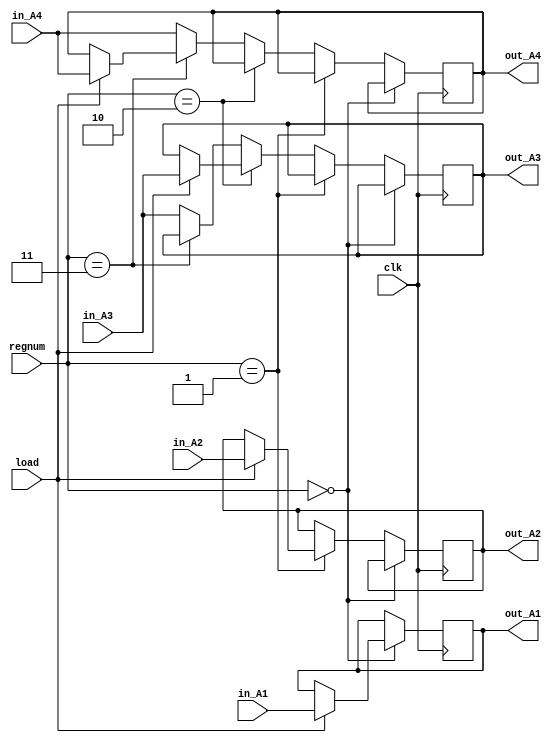
module registerfile (input clk, input [2:0] regnum, input load, input [511:0] in_A1, in_A2, in_A3, in_A4, output reg [511:0] out_A1, out_A2, out_A3, out_A4);

always @(posedge clk) begin

    if(regnum == 3'b000) begin
        if(load == 1)
            out_A1 = in_A1;
    end else if(regnum == 3'b001) begin
        if(load == 1)
            out_A2 = in_A2;
    end else if(regnum == 3'b010) begin
        if(load == 1)
            out_A3 = in_A3;
    end else if(regnum == 3'b011) begin
        if(load == 1)
            out_A4 = in_A4;
    end else begin
        out_A3 = in_A3;
        out_A4 = in_A4;
    end
 
end

endmodule

module ALU (input add, mul, input [511:0] A1, A2, output reg [511:0] A3, A4);

always @(*) begin

    if((add == 1) && (mul == 0)) begin
        {A4, A3} = $signed(A1) + $signed(A2);
    end else if((add == 0) && (mul == 1)) begin
        {A4, A3} = $signed(A1) * $signed(A2);
    end

end

endmodule

module mem (input clk, load, store, input [8:0] address, input [2:0] regnum, input [511:0] out_A1, out_A2, out_A3, out_A4, output reg [511:0] in_A1, in_A2, in_A3, in_A4, output reg invalidmemaddress);

reg [31:0] memory [0:511];

    always @(posedge clk) begin
        if(address <= 9'd496) begin
            invalidmemaddress = 0;
            if((load ==1) && (store == 0)) begin
                if(regnum == 3'b000) begin
                    in_A1 = {memory[address], memory[address+1], memory[address+2], memory[address+3], memory[address+4], memory[address+5], memory[address+6], memory[address+7], memory[address+8], memory[address+9], memory[address+10], memory[address+11], memory[address+12], memory[address+13], memory[address+14], memory[address+15]};
                end else if(regnum == 3'b001) begin
                    in_A2 = {memory[address], memory[address+1], memory[address+2], memory[address+3], memory[address+4], memory[address+5], memory[address+6], memory[address+7], memory[address+8], memory[address+9], memory[address+10], memory[address+11], memory[address+12], memory[address+13], memory[address+14], memory[address+15]};
                end else if(regnum == 3'b010) begin
                    in_A3 = {memory[address], memory[address+1], memory[address+2], memory[address+3], memory[address+4], memory[address+5], memory[address+6], memory[address+7], memory[address+8], memory[address+9], memory[address+10], memory[address+11], memory[address+12], memory[address+13], memory[address+14], memory[address+15]};
                end else if(regnum == 3'b011) begin
                    in_A4 = {memory[address], memory[address+1], memory[address+2], memory[address+3], memory[address+4], memory[address+5], memory[address+6], memory[address+7], memory[address+8], memory[address+9], memory[address+10], memory[address+11], memory[address+12], memory[address+13], memory[address+14], memory[address+15]};
                end
            end else if((load ==0) && (store == 1)) begin
                if(regnum == 3'b000) begin
                    {memory[address], memory[address+1], memory[address+2], memory[address+3], memory[address+4], memory[address+5], memory[address+6], memory[address+7], memory[address+8], memory[address+9], memory[address+10], memory[address+11], memory[address+12], memory[address+13], memory[address+14], memory[address+15]} = out_A1;
                end else if(regnum == 3'b001) begin
                    {memory[address], memory[address+1], memory[address+2], memory[address+3], memory[address+4], memory[address+5], memory[address+6], memory[address+7], memory[address+8], memory[address+9], memory[address+10], memory[address+11], memory[address+12], memory[address+13], memory[address+14], memory[address+15]} = out_A2;
                end else if(regnum == 3'b010) begin
                    {memory[address], memory[address+1], memory[address+2], memory[address+3], memory[address+4], memory[address+5], memory[address+6], memory[address+7], memory[address+8], memory[address+9], memory[address+10], memory[address+11], memory[address+12], memory[address+13], memory[address+14], memory[address+15]} = out_A3;
                end else if(regnum == 3'b011) begin
                    {memory[address], memory[address+1], memory[address+2], memory[address+3], memory[address+4], memory[address+5], memory[address+6], memory[address+7], memory[address+8], memory[address+9], memory[address+10], memory[address+11], memory[address+12], memory[address+13], memory[address+14], memory[address+15]} = out_A4;
                end
            end
        end else begin
            invalidmemaddress = 1;
        end
    end

endmodule

module mux (input [511:0] a, b, input control, output reg [511:0] out);

    always @(*) begin
        if(control == 0)
            out = a;
        else
            out = b;
    end

endmodule

module cpu (input clk ,input [8:0] address, input [511:0] dip_A1, dip_A2, input [2:0] regnum, input loadreg, initialize, load, store, add, mul, output [511:0] q_1, q_2, q_3, q_4, output invalidmemaddress);

wire [511:0] mux1, mux2, mux3, mux4, in1_A3, in1_A4, in2_A1, in2_A2, in2_A3, in2_A4;

registerfile regs(clk, regnum, loadreg, mux1, mux2, mux3, mux4, q_1, q_2, q_3, q_4);
ALU alu(add, mul, q_1, q_2, in1_A3, in1_A4);
mem memory(clk, load, store, address, regnum, q_1, q_2, q_3, q_4, in2_A1, in2_A2, in2_A3, in2_A4, invalidmemaddress);
mux muxa1(in2_A1, dip_A1, initialize, mux1);
mux muxa2(in2_A2, dip_A2, initialize, mux2);
mux muxa3(in1_A3, in2_A3, ~(add || mul), mux3);
mux muxa4(in1_A4, in2_A4, ~(add || mul), mux4);

endmodule

module tb();

reg [8:0] address;
reg [511:0] dip_A1, dip_A2;
reg [2:0] regnum;
reg loadreg, initialize, load, store, add, mul;
wire [511:0] q_1, q_2, q_3, q_4;
wire invalidmemaddress;

reg clk;
initial
    clk = 0;
always
    #5 clk = ~clk;

cpu processor(clk, address, dip_A1, dip_A2, regnum, loadreg, initialize, load, store, add, mul, q_1, q_2, q_3, q_4, invalidmemaddress);

initial begin
    dip_A1 = 512'd2133; regnum = 3'b000; loadreg= 1; initialize = 1; load = 0; store = 0; add = 0; mul = 0;
    #100 $display("initialize A1:\nA_1 = %d,\nA_2 = %d,\n{A_4,A_3} = %d",$signed(q_1),$signed(q_2),$signed({q_4,q_3}));
    #100 dip_A2 = 512'd65323; regnum = 3'b001; loadreg= 1; initialize = 1; load = 0; store = 0; add = 0; mul = 0;
    #100 $display("initialize A2:\nA_1 = %d,\nA_2 = %d,\n{A_4,A_3} = %d",$signed(q_1),$signed(q_2),$signed({q_4,q_3}));
    #100 address = 9'd45; regnum = 3'b000; loadreg= 0; initialize = 0; load = 0; store = 1; add = 0; mul = 0;
    #100 $display("store A1 in mem[45]:\nA_1 = %d,\nA_2 =  %d,\n{A_4,A_3} = %d,\ninvalidmemaddress = %d\n",$signed(q_1),$signed(q_2),$signed({q_4,q_3}), invalidmemaddress);
    #100 address = 9'd100; regnum = 3'b001; loadreg= 0; initialize = 0; load = 0; store = 1; add = 0; mul = 0;
    #100 $display("store A2 in mem[100]:\nA_1 = %d,\nA_2 =  %d,\n{A_4,A_3} = %d,\ninvalidmemaddress = %d\n",$signed(q_1),$signed(q_2),$signed({q_4,q_3}), invalidmemaddress);
    #100 address = 9'd45; regnum = 3'b001; loadreg= 1; initialize = 0; load = 1; store = 0; add = 0; mul = 0;
    #100 $display("load mem[45] in A2:\nA_1 = %d,\nA_2 =  %d,\n{A_4,A_3} = %d,\ninvalidmemaddress = %d\n",$signed(q_1),$signed(q_2),$signed({q_4,q_3}), invalidmemaddress);
    #100 address = 9'd100; regnum = 3'b000; loadreg= 1; initialize = 0; load = 1; store = 0; add = 0; mul = 0;
    #100 $display("load mem[100] in A1:\nA_1 = %d,\nA_2 =  %d,\n{A_4,A_3} = %d,\ninvalidmemaddress = %d\n",$signed(q_1),$signed(q_2),$signed({q_4,q_3}), invalidmemaddress);
    #100 address = 9'd500; regnum = 3'b000; loadreg= 0; initialize = 0; load = 0; store = 1; add = 0; mul = 0;
    #100 $display("store A1 in mem[500]:\nA_1 = %d,\nA_2 =  %d,\n{A_4,A_3} = %d,\ninvalidmemaddress = %d\n",$signed(q_1),$signed(q_2),$signed({q_4,q_3}), invalidmemaddress);
    #100 address = 9'd501; regnum = 3'b000; loadreg= 1; initialize = 0; load = 1; store = 0; add = 0; mul = 0;
    #100 $display("load mem[501] in A1:\nA_1 = %d,\nA_2 =  %d,\n{A_4,A_3} = %d,\ninvalidmemaddress = %d\n",$signed(q_1),$signed(q_2),$signed({q_4,q_3}), invalidmemaddress);
    #100 regnum = 3'b100; loadreg = 1; initialize = 0; load = 0; store = 0; add = 1; mul = 0;
    #100 $display("addition:\nA_1 = %d,\nA_2 = %d,\n{A_4,A_3} = %d",$signed(q_1),$signed(q_2),$signed({q_4,q_3}));
    #100 regnum = 3'b100; loadreg = 1; initialize = 0; load = 0; store = 0; add = 0; mul = 1;
    #100 $display("multiplication:\nA_1 = %d,\nA_2 = %d,\n{A_4,A_3} = %d",$signed(q_1),$signed(q_2),$signed({q_4,q_3}));
    #100 address = 9'd299; regnum = 3'b010; loadreg= 0; initialize = 0; load = 0; store = 1; add = 0; mul = 0;
    #100 $display("store A3 in mem[299]:\nA_3 = %d,\nA_4 =  %d,\n{A_4,A_3} = %d,\ninvalidmemaddress = %d\n",$signed(q_3),$signed(q_4),$signed({q_4,q_3}), invalidmemaddress);
    #100 address = 9'd400; regnum = 3'b011; loadreg= 0; initialize = 0; load = 0; store = 1; add = 0; mul = 0;
    #100 $display("store A4 in mem[400]:\nA_3 = %d,\nA_4 =  %d,\n{A_4,A_3} = %d,\ninvalidmemaddress = %d\n",$signed(q_3),$signed(q_4),$signed({q_4,q_3}), invalidmemaddress);
    #100 address = 9'd299; regnum = 3'b000; loadreg= 1; initialize = 0; load = 1; store = 0; add = 0; mul = 0;
    #100 $display("load mem[299] in A1:\nA_1 = %d,\nA_2 =  %d,\n{A_4,A_3} = %d,\ninvalidmemaddress = %d\n",$signed(q_1),$signed(q_2),$signed({q_4,q_3}), invalidmemaddress);
    #100 dip_A2 = -512'd54229; regnum = 3'b001; loadreg= 1; initialize = 1; load = 0; store = 0; add = 0; mul = 0;
    #100 $display("initialize A2:\nA_1 = %d,\nA_2 = %d,\n{A_4,A_3} = %d",$signed(q_1),$signed(q_2),$signed({q_4,q_3}));
    #100 regnum = 3'b100; loadreg = 1; initialize = 0; load = 0; store = 0; add = 0; mul = 1;
    #100 $display("multiplication:\nA_1 = %d,\nA_2 = %d,\n{A_4,A_3} = %d",$signed(q_1),$signed(q_2),$signed({q_4,q_3}));
    #100 regnum = 3'b100; loadreg = 1; initialize = 0; load = 0; store = 0; add = 1; mul = 0;
    #100 $display("addition:\nA_1 = %d,\nA_2 = %d,\n{A_4,A_3} = %d",$signed(q_1),$signed(q_2),$signed({q_4,q_3}));
    #100 $stop;
end

endmodule